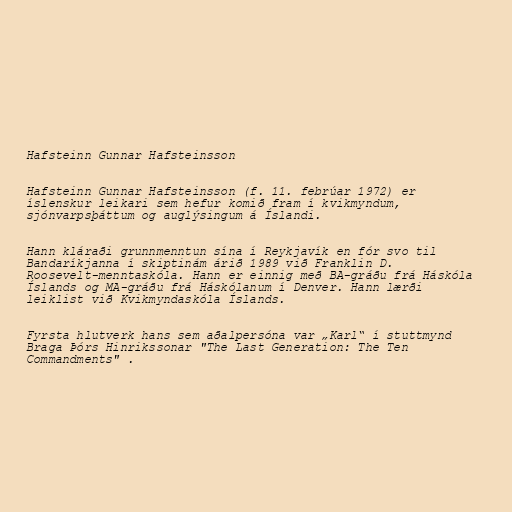
Hafsteinn Gunnar Hafsteinsson

Hafsteinn Gunnar Hafsteinsson (f. 11. febrúar 1972) er
íslenskur leikari sem hefur komið fram í kvikmyndum,
sjónvarpsþáttum og auglýsingum á Íslandi.

Hann kláraði grunnmenntun sína í Reykjavík en fór svo til
Bandaríkjanna í skiptinám árið 1989 við Franklin D.
Roosevelt-menntaskóla. Hann er einnig með BA-gráðu frá Háskóla
Íslands og MA-gráðu frá Háskólanum í Denver. Hann lærði
leiklist við Kvikmyndaskóla Íslands.

Fyrsta hlutverk hans sem aðalpersóna var „Karl“ í stuttmynd
Braga Þórs Hinrikssonar "The Last Generation: The Ten
Commandments" .